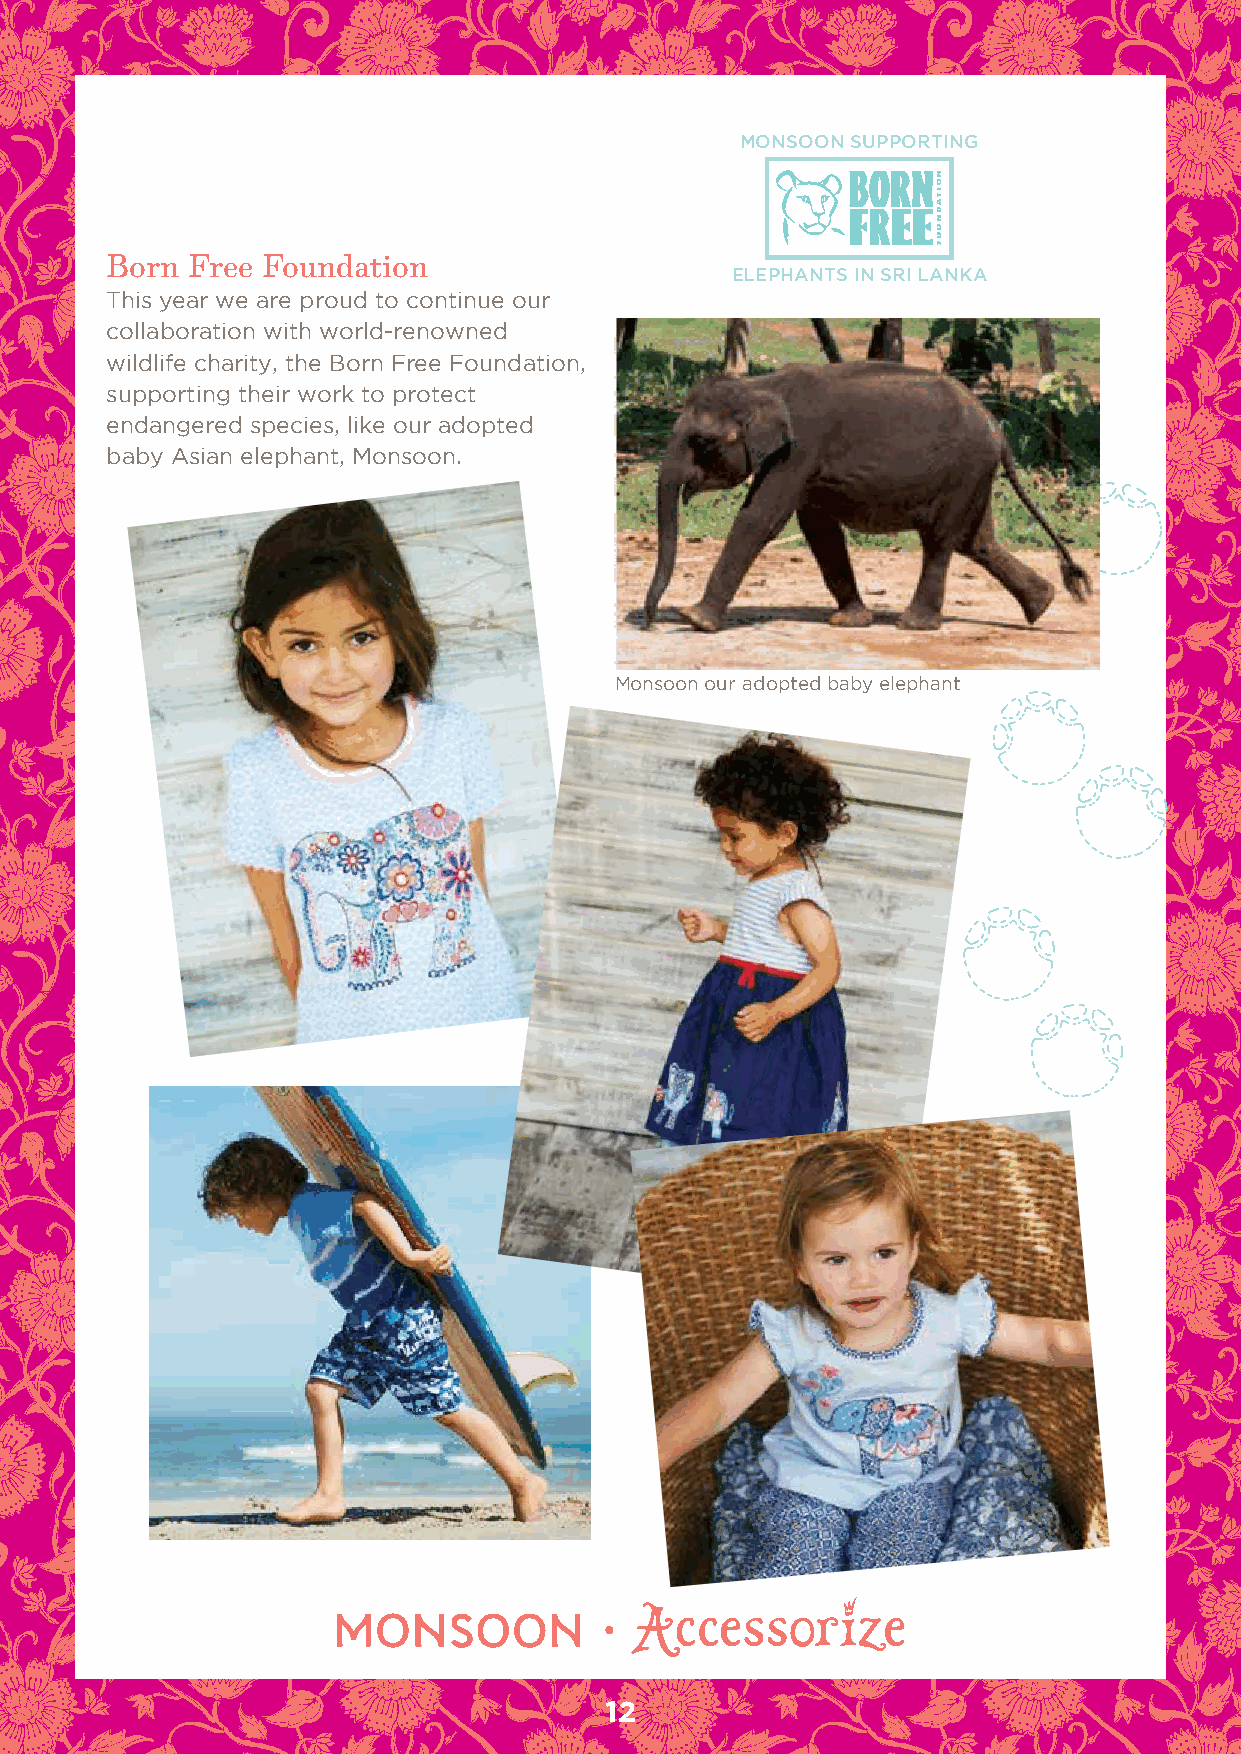
Monsoon supporting
 Born  Free Foundation
 elephants in sri lanka
 This year we are proud to continue our
 collaboration with world-renowned
 wildlife charity, the Born free foundation,
 supporting their work to protect
 endangered species, like our adopted
 baby Asian elephant, Monsoon.
 Monsoon our adopted baby elephant
 12